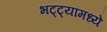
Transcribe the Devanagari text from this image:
भट्ट्यांमध्ये